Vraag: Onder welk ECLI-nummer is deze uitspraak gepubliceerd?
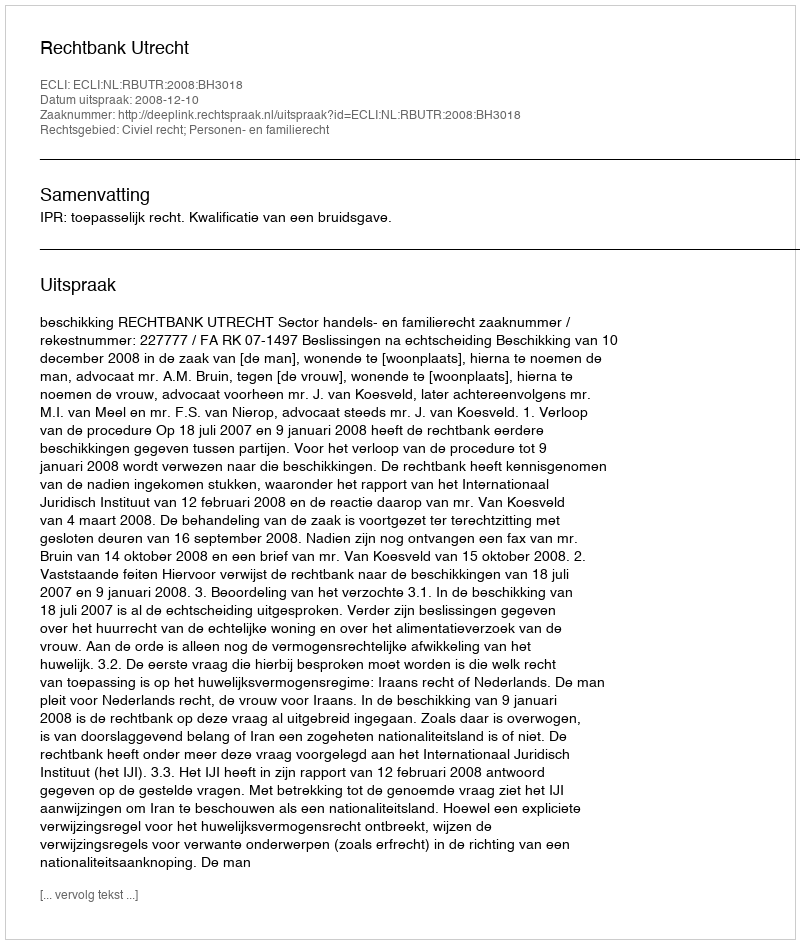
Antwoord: ECLI:NL:RBUTR:2008:BH3018